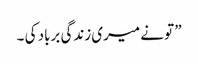
” تو نے میری زندگی برباد کی ۔